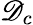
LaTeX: \mathscr{D}_{c}